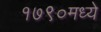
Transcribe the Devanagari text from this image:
१७९०मध्ये